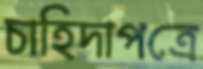
চাহিদাপত্রে